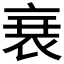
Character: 𮕩